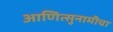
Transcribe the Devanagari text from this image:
आणित्सुनामीचा